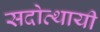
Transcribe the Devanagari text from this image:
सदोत्थायी